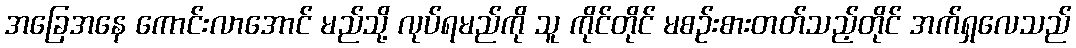
အခြေအနေ ကောင်းလာအောင် မည်သို့ လုပ်ရမည်ကို သူ ကိုင်တိုင် မစဉ်းစားတတ်သည့်တိုင် အက်ရှလေသည်